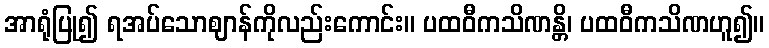
အာရုံပြု၍ ရအပ်သောဈာန်ကိုလည်းကောင်း။ ပထဝီကသိဏန္တိ၊ ပထဝီကသိဏဟူ၍။